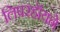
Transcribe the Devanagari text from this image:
लिपरहॉयने